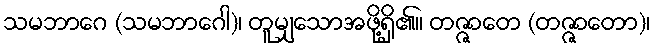
သမဘာဂေ (သမဘာဂေါ)၊ တူမျှသောအဖို့ရှိ၏။ တဇ္ဇာတေ (တဇ္ဇာတော)၊